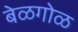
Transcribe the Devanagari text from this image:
बेळगोळ